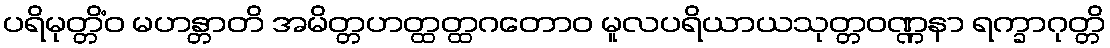
ပရိမုတ္တိံဝ မဟန္တာတိ အမိတ္တဟတ္ထတ္ထဂတောဝ မူလပရိယာယသုတ္တဝဏ္ဏနာ ရက္ခာဂုတ္တိ